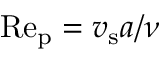
\mathrm { R e _ { \mathrm { p } } } = { v } _ { \mathrm { s } } a / \nu